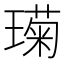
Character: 𮴱